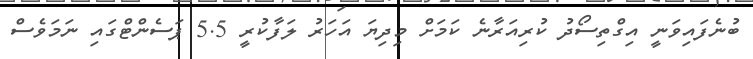
ބުނެފައިވަނީ އިގްތިސޯދު ކުރިއަރާނެ ކަމަށް މިދިޔަ އަހަރު ލަފާކުރީ 5.5 ޕަސެންޓްގައި ނަމަވެސް